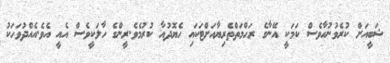
ޝަބީއަށް ކުރެވުނުހާވެސް ކަމަކީ އޭނާގެ ރަހްމަތްތެރިޔާއަށްޓަކައި ހެޔޮދުއާ ކުރުމެވެ.ރީންގެ ހާލަކީވެސް އެއީ އެވެ.އެއްދުވަހަކު